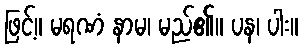
ဖြင့်။ မရဏံ နာမ၊ မည်၏။ ပန၊ ပါး။